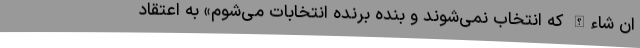
ان شاءالله که انتخاب نمی‌شوند و بنده برنده انتخابات می‌شوم» به اعتقاد